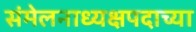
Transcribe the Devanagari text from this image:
संमेलनाध्यक्षपदाच्या